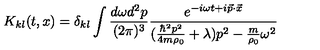
K _ { k l } ( t , x ) = \delta _ { k l } \int \frac { d \omega d ^ { 2 } p } { ( 2 \pi ) ^ { 3 } } \frac { e ^ { - i \omega t + i { \vec { p } } \cdot { \vec { x } } } } { ( \frac { \hbar ^ { 2 } p ^ { 2 } } { 4 m \rho _ { 0 } } + \lambda ) p ^ { 2 } - \frac { m } { \rho _ { 0 } } \omega ^ { 2 } }